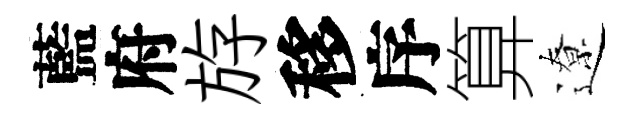
藍府斿移序算遼